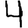
Digit: 4